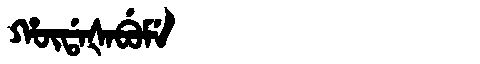
Manchu: ᡥᡡᡩᠠᡧᠠᠪᡠᠮᡝ
Romanization: HŪDAŠABUME